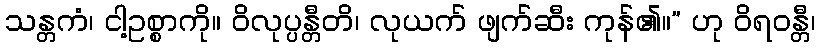
သန္တကံ၊ ငါ့ဥစ္စာကို။ ဝိလုပ္ပန္တီတိ၊ လုယက် ဖျက်ဆီး ကုန်၏။” ဟု ဝိရဝန္တီ၊